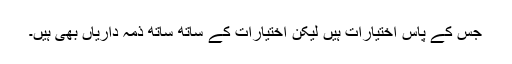
جس کے پاس اختیارات ہیں لیکن اختیارات کے ساتھ ساتھ ذمہ داریاں بھی ہیں۔